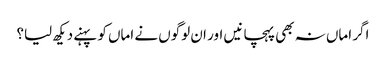
اگر اماں نہ بھی پہچانیں اور ان لوگوں نے اماں کو پہنے دیکھ لیا؟